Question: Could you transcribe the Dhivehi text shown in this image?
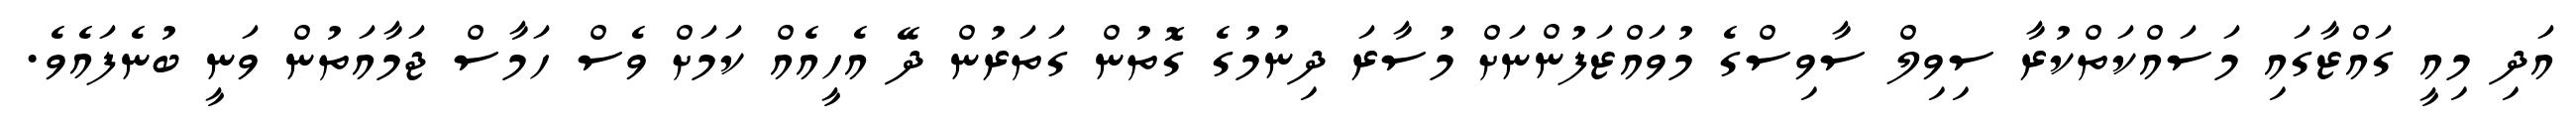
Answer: އަދި މިއީ ގައްޒާގައި މަސައްކަތްކުރާ ސިވިލް ސާވިސްގެ މުވައްޒަފުންނަށް މުސާރަ ދިނުމުގެ ގޮތުން ގަތަރުން ދޭ އެހީއެއް ކަމަށް ވެސް ހަމާސް ޖަމާއަތުން ވަނީ ބުނެފައެވެ.